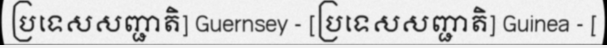
ប្រទេសសញ្ជាតិ] Guernsey - [ប្រទេសសញ្ជាតិ] Guinea - [